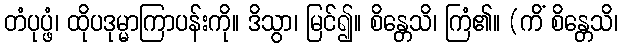
တံပုပ္ဖံ၊ ထိုပဒုမ္မာကြာပန်းကို။ ဒိသွာ၊ မြင်၍။ စိန္တေသိ၊ ကြံ၏။ (ကိံ စိန္တေသိ၊